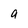
Character: 9